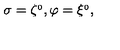
\sigma = \zeta ^ { _ 0 } , \varphi = \xi ^ { _ 0 } ,